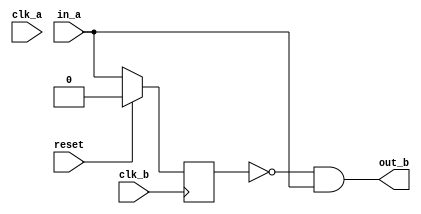
// This program was cloned from: https://github.com/buncram/cram-soc
// License: CERN Open Hardware Licence Version 2 - Weakly Reciprocal

`timescale 1ns / 1ps

//------------------------------------------------------------------------------
// Module
//------------------------------------------------------------------------------

// this is a bit misnamed, it's not really a CDC. just a pulse extractor.
// turns out there isn't even enough time to do a CDC with the DMA engine's response
// latency to a request...
module cdc_pulse (
    input  wire          reset,
    input  wire          clk_a,
    input  wire          clk_b,
    input  wire          in_a,
    output wire          out_b
);

reg in_a_sync;

// this assumes that:
// 1. clk_a is less than or equal to clk_b
// 2. clk_a is mesochronous to clk_b, i.e., edges are always aligned, but the frequency may be different
//    So this works when the AHB bus clock is a power-of-2 factor of the PIO clock, and edge-aligned.
always @(posedge clk_b) begin
    if (reset) begin
        in_a_sync <= 0;
    end else begin
        in_a_sync <= in_a;
    end
end
// generates a single pulse in out_b domain
assign out_b = !in_a_sync & in_a;


//------------------------------------------------------------------------------
// Specialized Logic
//------------------------------------------------------------------------------

endmodule